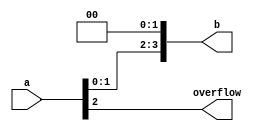
`timescale 1ns / 1ps
//////////////////////////////////////////////////////////////////////////////////
// Company: 
// Engineer: 
// 
// Design Name: 
// Module Name: signed_multiply
// Project Name: 
// Target Devices: 
// Tool Versions: 
// Description: 
// 
// Dependencies: 
// 
// Revision:
// Revision 0.01 - File Created
// Additional Comments:
// 
//////////////////////////////////////////////////////////////////////////////////



module signed_multiply(
input [3:0] a,
output [3:0] b,
output overflow
    );
assign {overflow, b[3:0]}=a<<2;
endmodule